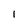
Character: l